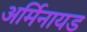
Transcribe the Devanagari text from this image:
अर्मिनायड